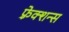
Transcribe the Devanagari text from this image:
फ़्रेक्शन्स